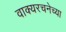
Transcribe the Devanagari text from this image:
वाक्यरचनेच्या